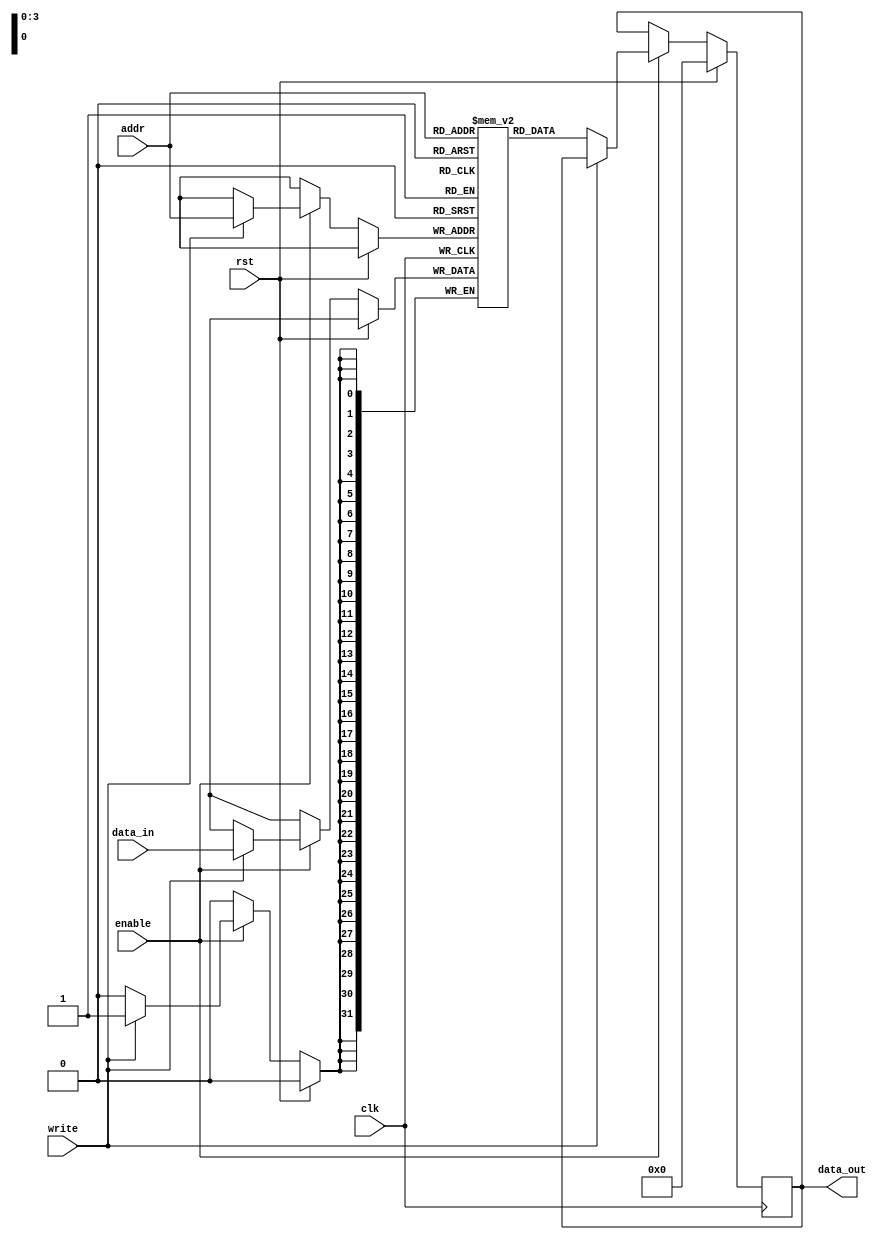
module RegisterFile (
  input wire clk,
  input wire rst,
  input wire enable,
  input wire write,
  input wire [3:0] addr,
  input wire [31:0] data_in,
  output reg [31:0] data_out
);

reg [31:0] memory [15:0];

always @(posedge clk) begin
  if (rst) begin
    data_out <= 32'h0;
  end else if (enable) begin
    if (write) begin
      memory[addr] <= data_in;
    end else begin
      data_out <= memory[addr];
    end
  end
end

endmodule